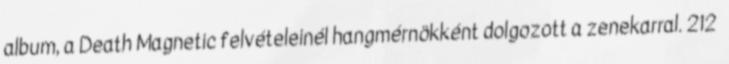
album, a Death Magnetic felvételeinél hangmérnökként dolgozott a zenekarral. 212